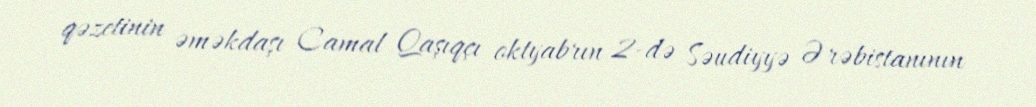
qəzetinin əməkdaşı Camal Qaşıqçı oktyabrın 2-də Səudiyyə Ərəbistanının